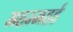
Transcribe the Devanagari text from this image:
महम्महई